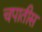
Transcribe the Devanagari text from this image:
चपातीस